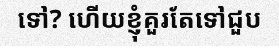
ទៅ? ហើយខ្ញុំគួរតែទៅជួប